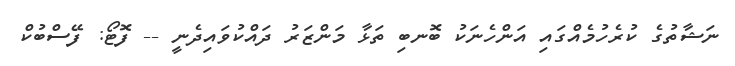
ނަޝާތުގެ ކުރެހުމެއްގައި އަންހެނަކު ބޮނބި ތަޅާ މަންޒަރު ދައްކުވައިދެނީ -- ފޮޓޯ: ފޭސްބުކް